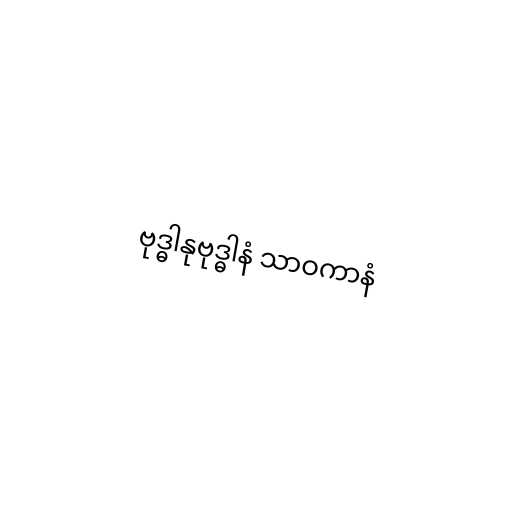
ဗုဒ္ဓါနုဗုဒ္ဓါနံ သာဝကာနံ